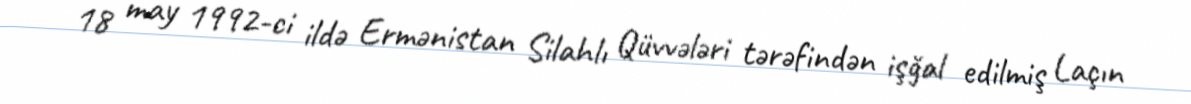
18 may 1992-ci ildə Ermənistan Silahlı Qüvvələri tərəfindən işğal edilmiş Laçın